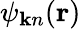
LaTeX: \psi_{{\mathbf k}n}({\mathbf r})